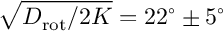
\sqrt { D _ { \mathrm { r o t } } / 2 K } = 2 2 ^ { \circ } \pm 5 ^ { \circ }